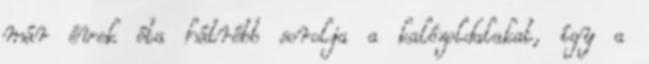
már évek óta hátrébb sorolja a kalózoldalakat, így a